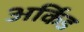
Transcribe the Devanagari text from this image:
अर्किड